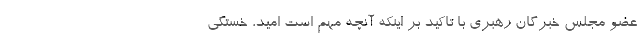
عضو مجلس خبرگان رهبری با تاکید بر اینکه آنچه مهم است امید، خستگی‌